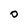
Character: O